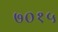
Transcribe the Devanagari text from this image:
७०१५